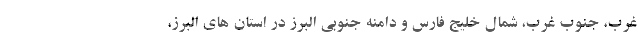
غرب، جنوب غرب، شمال خلیج فارس و دامنه جنوبی البرز در استان های البرز،